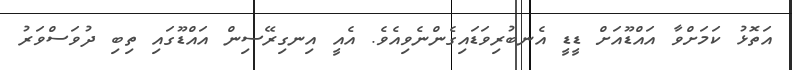
އަތޮޅު ކަމަށްވާ އައްޑޫއަށް ޑީޑީ އެނބުރިވަޑައިގެންނެވިއެވެ. އެއީ އިނގިރޭސިން އައްޑޫގައި ތިބި ދުވަސްވަރު